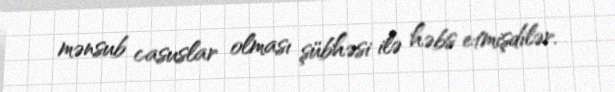
mənsub casuslar olması şübhəsi ilə həbs etmişdilər.